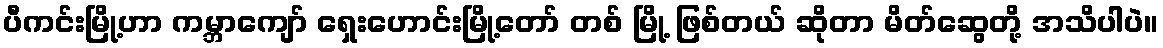
ပီကင်းမြို့ဟာ ကမ္ဘာကျော် ရှေးဟောင်းမြို့တော် တစ် မြို့ ဖြစ်တယ် ဆိုတာ မိတ်ဆွေတို့ အသိပါပဲ။